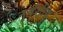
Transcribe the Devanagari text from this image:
नृवंशीय